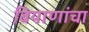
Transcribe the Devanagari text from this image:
बियाणांचा